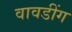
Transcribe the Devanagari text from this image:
वावडींग